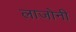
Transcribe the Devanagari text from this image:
लाजोनी